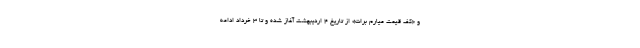
و «کف قیمت میارم برات» از تاریخ ۴ اردیبهشت آغاز شده و تا ۳ خرداد ادامه